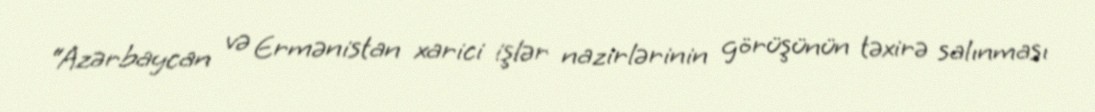
“Azərbaycan və Ermənistan xarici işlər nazirlərinin görüşünün təxirə salınması